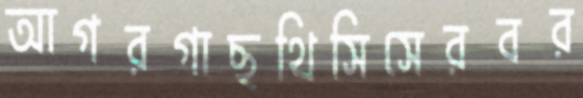
আগরগাছথিসিসেরবর